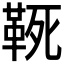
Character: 𩊢